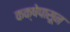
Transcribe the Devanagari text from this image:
कक्षेपासून